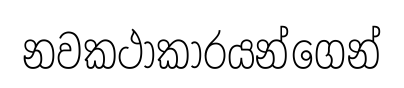
නවකථාකාරයන්ගෙන්